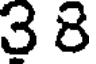
3 8